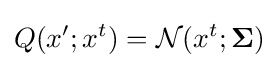
Q(x';x^{t})={\mathcal {N}}(x^{t};\mathbf {\Sigma } )